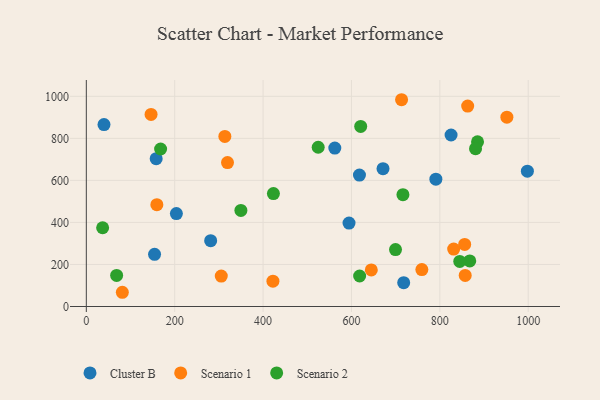
{"axis": {"x": "Price", "y": "Demand"}, "legend": ["Cluster B", "Scenario 1", "Scenario 2"], "data": [{"x": "203.8", "y": 441.9, "type": "Cluster B"}, {"x": "40.0", "y": 865.7, "type": "Cluster B"}, {"x": "158.1", "y": 703.2, "type": "Cluster B"}, {"x": "618.1", "y": 625.5, "type": "Cluster B"}, {"x": "562.3", "y": 753.9, "type": "Cluster B"}, {"x": "281.4", "y": 313.2, "type": "Cluster B"}, {"x": "998.1", "y": 643.7, "type": "Cluster B"}, {"x": "825.4", "y": 815.9, "type": "Cluster B"}, {"x": "718.2", "y": 113.3, "type": "Cluster B"}, {"x": "154.4", "y": 248.4, "type": "Cluster B"}, {"x": "791.0", "y": 605.8, "type": "Cluster B"}, {"x": "594.5", "y": 396.9, "type": "Cluster B"}, {"x": "671.4", "y": 655.9, "type": "Cluster B"}, {"x": "305.4", "y": 145.0, "type": "Scenario 1"}, {"x": "856.2", "y": 295.2, "type": "Scenario 1"}, {"x": "159.6", "y": 484.7, "type": "Scenario 1"}, {"x": "951.7", "y": 900.6, "type": "Scenario 1"}, {"x": "146.5", "y": 914.0, "type": "Scenario 1"}, {"x": "863.0", "y": 953.7, "type": "Scenario 1"}, {"x": "759.3", "y": 175.8, "type": "Scenario 1"}, {"x": "319.5", "y": 684.7, "type": "Scenario 1"}, {"x": "313.5", "y": 809.3, "type": "Scenario 1"}, {"x": "422.3", "y": 120.4, "type": "Scenario 1"}, {"x": "81.5", "y": 67.7, "type": "Scenario 1"}, {"x": "831.3", "y": 273.0, "type": "Scenario 1"}, {"x": "713.4", "y": 983.8, "type": "Scenario 1"}, {"x": "857.4", "y": 147.7, "type": "Scenario 1"}, {"x": "644.9", "y": 174.2, "type": "Scenario 1"}, {"x": "867.7", "y": 217.0, "type": "Scenario 2"}, {"x": "618.5", "y": 145.2, "type": "Scenario 2"}, {"x": "524.7", "y": 757.7, "type": "Scenario 2"}, {"x": "845.1", "y": 214.6, "type": "Scenario 2"}, {"x": "349.8", "y": 456.9, "type": "Scenario 2"}, {"x": "699.7", "y": 270.9, "type": "Scenario 2"}, {"x": "620.9", "y": 857.0, "type": "Scenario 2"}, {"x": "36.9", "y": 374.6, "type": "Scenario 2"}, {"x": "168.1", "y": 749.3, "type": "Scenario 2"}, {"x": "68.6", "y": 147.9, "type": "Scenario 2"}, {"x": "716.5", "y": 532.1, "type": "Scenario 2"}, {"x": "423.4", "y": 537.1, "type": "Scenario 2"}, {"x": "885.3", "y": 783.7, "type": "Scenario 2"}, {"x": "880.8", "y": 750.9, "type": "Scenario 2"}]}